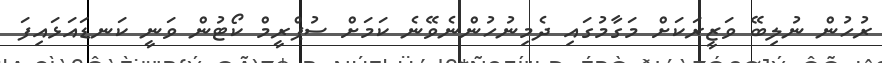
ރުހުން ނުލިބޭ ވަޒީރަކަށް މަގާމުގައި ދެމިނުހުންނެވޭނެ ކަމަށް ސުޕްރީމް ކޯޓުން ވަނީ ކަނޑައަޅައިފަ